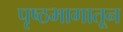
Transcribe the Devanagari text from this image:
पृष्ठभागातून